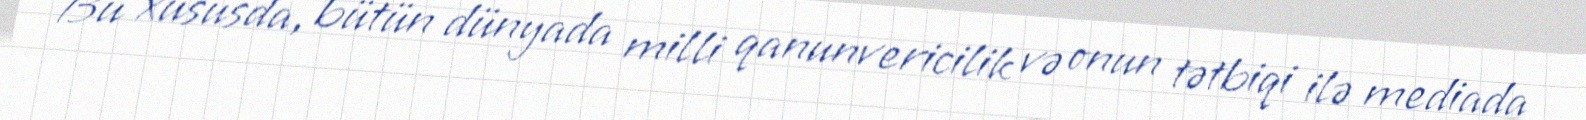
Bu xüsusda, bütün dünyada milli qanunvericilik və onun tətbiqi ilə mediada